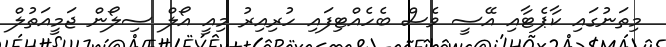
މިތަނުގައި ކާޕެޓާއި އޭސީ ވެސް ބެހެއްޓިފައި ހުރިއިރު މިއީ އޯލް ސިލޯން ޖަމީއަތުލް